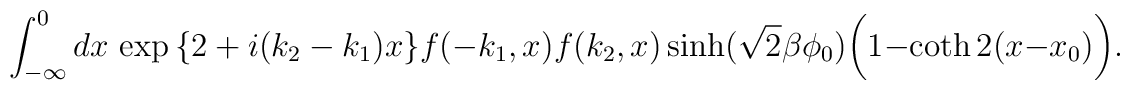
\int_{-\infty}^{0}dx\,\exp{\left\{2+i(k_{2}-k_{1})x\right\}} f(-k_{1},x)f(k_{2},x)\sinh(\sqrt{2}\beta \phi_{0})\biggl( 1-\coth2(x-x_{0})\biggr).